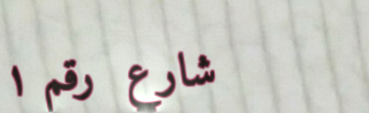
شارع رقم ١